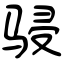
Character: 骎